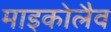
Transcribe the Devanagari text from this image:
माइकोलैव